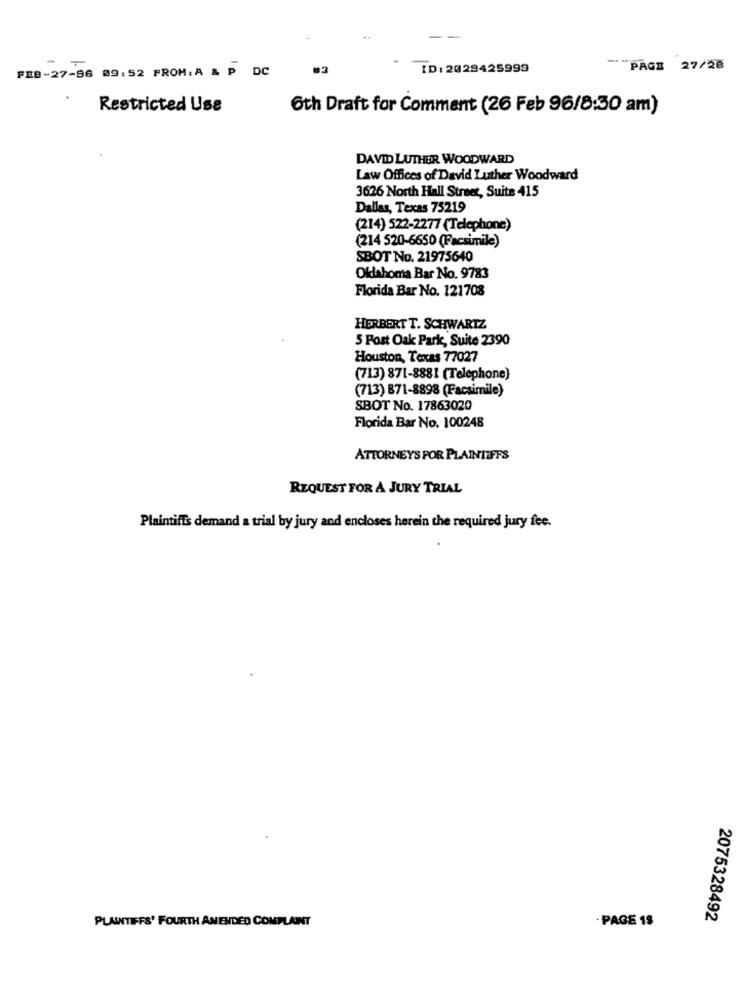
FEB-27-96 09:52 PROM.A & P DC
ID: 2029425999
-** PAGE 27/28
Restricted Use
Oth Draft for Comment (26 Feb 96/8:30 am)
DAVID LUTHER WOODWARD
Law Offices of David Luther Woodward
3626 North Hall Street, Suite 415
Dallas, Texas 75219
(214) 522-2277 (Telephone)
(214 520-6650 (Facsimile)
SBOT No. 21975640
Oklahoma Bar No. 9783
Florida Bar No. 121708
HERBERT T. SCHWARTZ
5 Post Oak Park, Suite 2390
Houston, Texas 77027
(713) 871-8881 (Telephone}
(713) 871-8898 (Facsimile)
SBOT No. 17863020
Florida Bar No. 100248
ATTORNEYS POR PLAINTIFFS
REQUEST FOR A JURY TRIAL
Plaintiffs demand a trial by jury and encloses herein the required jury fee.
PLAINTIFFS' FOURTH AMENDED COMPLAINT
2075328492
· PAGE 18